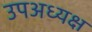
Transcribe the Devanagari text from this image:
उपअध्यक्ष